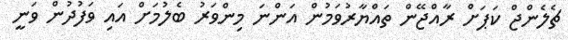
ޗެލެންޖް ކަޕަށް ރާއްޖޭން ތައްޔާރުވަމުން އަންނަ މިންވަރު ބެލުމަށް އައި ވަފުދުން ވަނީ